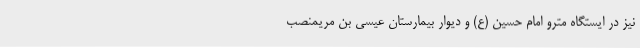
نیز در ایستگاه مترو امام حسین (ع) و دیوار بیمارستان عیسی بن مریمنصب